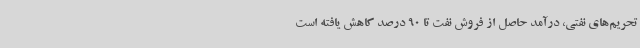
تحریم‌های نفتی، درآمد حاصل از فروش نفت تا 90 درصد کاهش یافته‌ است